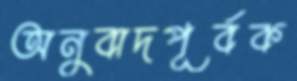
অনুবাদপূর্বক